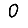
Digit: 0